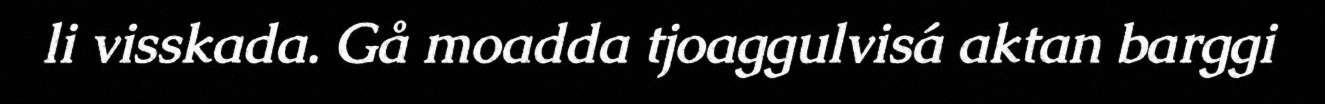
li visskada. Gå moadda tjoaggulvisá aktan barggi